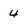
Character: 4